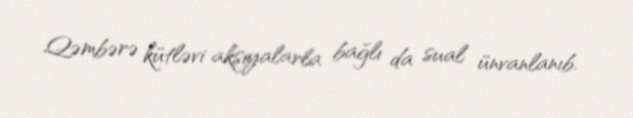
Qəmbərə kütləvi aksiyalarla bağlı da sual ünvanlanıb.